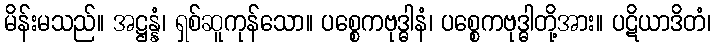
မိန်းမသည်။ အဋ္ဌန္နံ၊ ရှစ်ဆူကုန်သော။ ပစ္စေကဗုဒ္ဓါနံ၊ ပစ္စေကဗုဒ္ဓါတို့အား။ ပဋိယာဒိတံ၊